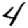
Digit: 4